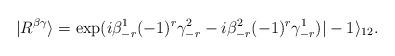
LaTeX: \begin{align*}|R^{\beta\gamma}\rangle=\exp(i\beta^{1}_{-r} (-1)^{r}\gamma^{2}_{-r}-i\beta^{2}_{-r}(-1)^{r}\gamma^{1}_{-r})|-1\rangle_{12}.\end{align*}